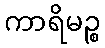
ကာရိမဉ္စ